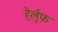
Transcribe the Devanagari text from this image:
हेर्लुफ़